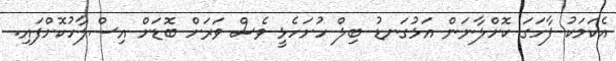
އެކަމަކު ފާހަގަ ކޮށްލާނަން އަޅުގަނޑު ބިލް ހުށަހެޅީ ވެސް ވަރަށް ބޮޑަށް އިސްލާހުކޮށްފައި.